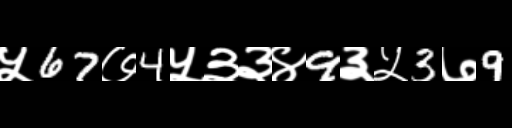
Text: ५67७4५३३४9३५3७9